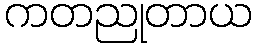
ကတညုတာယ